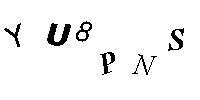
YU8PNS